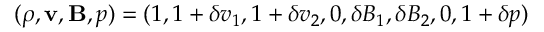
( \rho , \mathbf { v } , \mathbf { B } , p ) = ( 1 , 1 + \delta v _ { 1 } , 1 + \delta v _ { 2 } , 0 , \delta B _ { 1 } , \delta B _ { 2 } , 0 , 1 + \delta p )